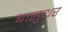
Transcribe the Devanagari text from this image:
बासुधर